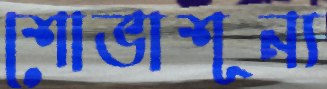
শোভাশূন্য